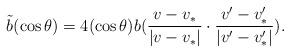
LaTeX: \begin{align*}\tilde{b}(\cos\theta)=4(\cos\theta)b(\frac{v-v_*}{|v-v_*|}\cdot \frac{v'-v'_*}{|v'-v'_*|}).\end{align*}